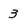
Character: 3